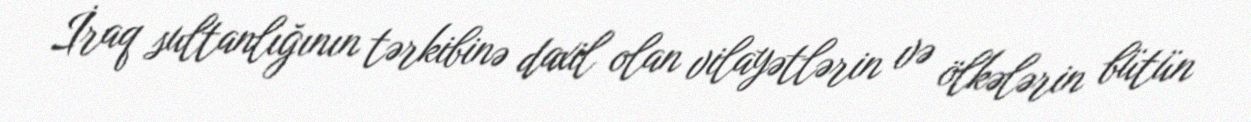
İraq sultanlığının tərkibinə daxil olan vilayətlərin və ölkələrin bütün